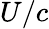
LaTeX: U/c